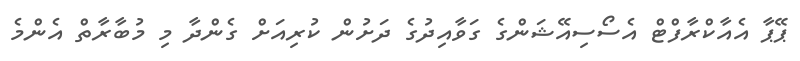
ޕޭޕާ އެއާކްރާފްޓް އެސޯސިއޭޝަންގެ ގަވާއިދުގެ ދަށުން ކުރިއަށް ގެންދާ މި މުބާރާތް އެންމެ